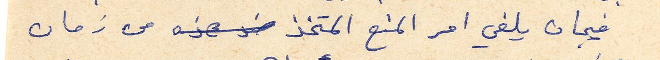
فيجان يلغي امر المنع المتخذ ضد هذه من زمان